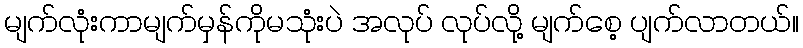
မျက်လုံးကာမျက်မှန်ကိုမသုံးပဲ အလုပ် လုပ်လို့ မျက်စေ့ ပျက်လာတယ်။